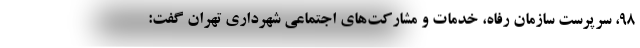
۹۸، سرپرست سازمان رفاه، خدمات و مشارکت‌های اجتماعی شهرداری تهران گفت: